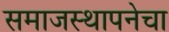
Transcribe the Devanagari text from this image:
समाजस्थापनेचा